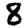
Digit: 8